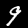
Label: 9